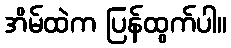
အိမ်ထဲက ပြန်ထွက်ပါ။